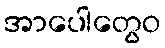
အာပေါတွေဝ